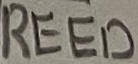
Text: REED